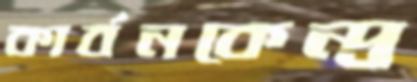
কার্বনকেন্দ্র